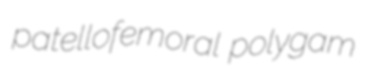
patellofemoral polygam